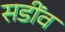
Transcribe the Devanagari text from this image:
सडींव